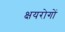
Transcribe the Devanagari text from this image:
क्षयरोगों